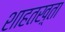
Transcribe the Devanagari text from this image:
शाहतख़्ता